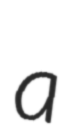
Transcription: a